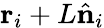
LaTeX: \mathbf{r}_{i}+L\hat{\mathbf n}_{i}